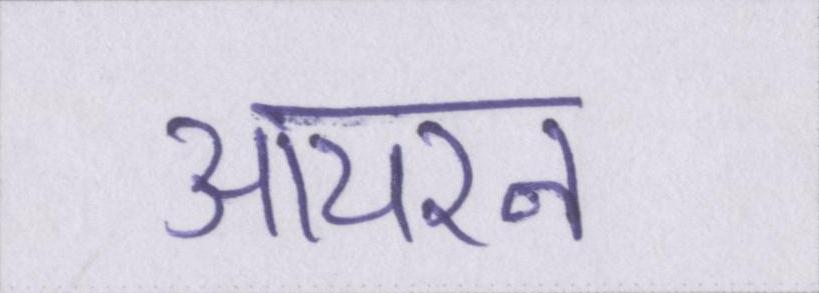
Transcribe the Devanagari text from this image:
आयरन